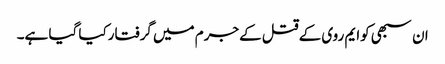
ان سبھی کوایم روی کےقتل کےجرم میں گرفتارکیا گیا ہے۔